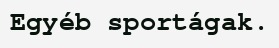
Egyéb sportágak.